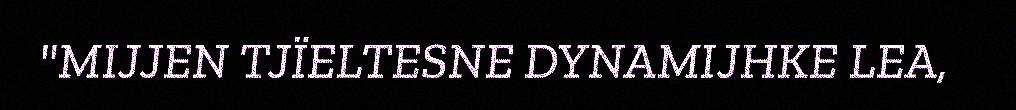
"MIJJEN TJÏELTESNE DYNAMIJHKE LEA,